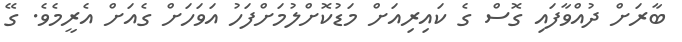
ބާރަށް ދުއްވާފައި ގޮސް ގެ ކައިރިއަށް މަޑުކޮށްލުމަށްފަހު އަވަހަށް ގެއަށް އެރީމެވެ. ގޭ